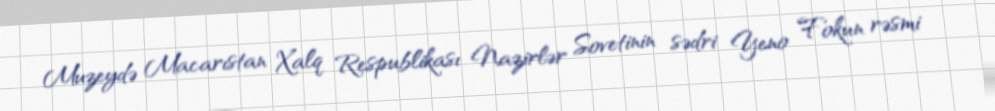
Muzeydə Macarıstan Xalq Respublikası Nazirlər Sovetinin sədri Yeno Fokun rəsmi